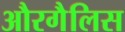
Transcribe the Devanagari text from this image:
औरगैलिस